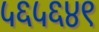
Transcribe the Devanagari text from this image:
५६५६४९